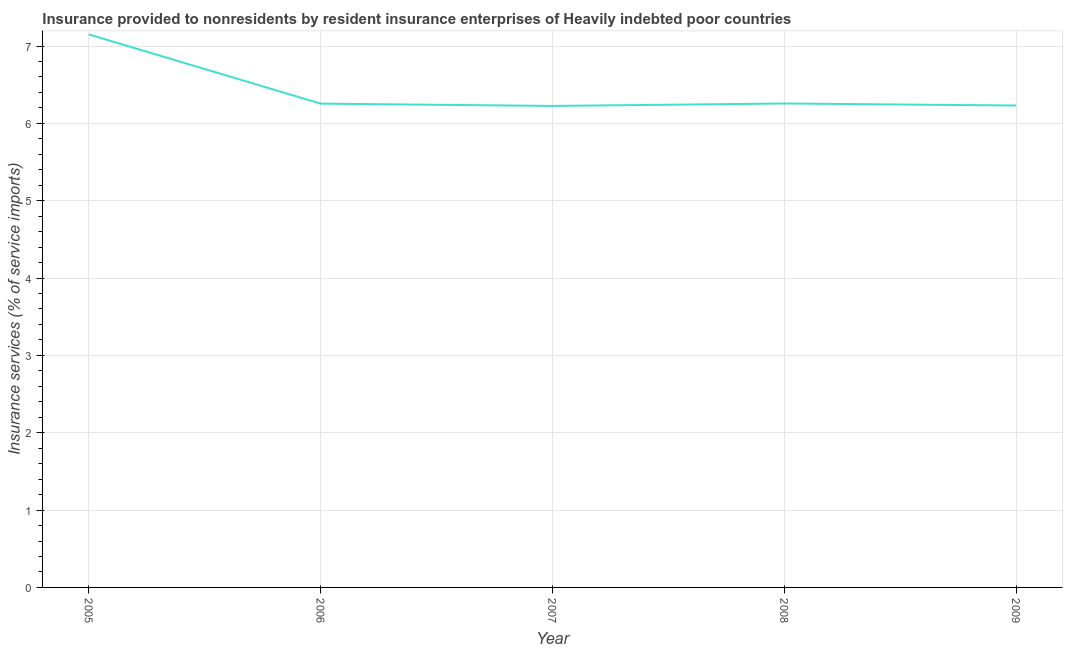
| Year | Insurance and financial services |
 | --- | --- |
 | 2005 | 7.15 |
 | 2006 | 6.26 |
 | 2007 | 6.23 |
 | 2008 | 6.26 |
 | 2009 | 6.23 |